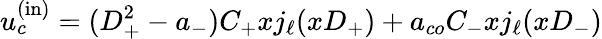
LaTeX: u_{c}^{\mathrm{(in)}}=(D_{+}^{2}-a_{-})C_{+}xj_{\ell}(xD_{+})+a_{co}C_{-}xj_{\ell}(xD_{-})